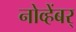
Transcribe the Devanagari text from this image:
नोव्हेंबर्